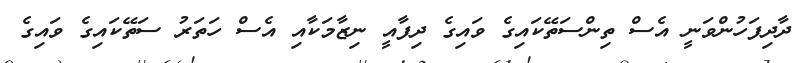
ދާދިފަހުންވަނީ އެސް ތިންސަތޭކައިގެ ވައިގެ ދިފާއީ ނިޒާމަކާއި އެސް ހަތަރު ސަތޭކައިގެ ވައިގެ